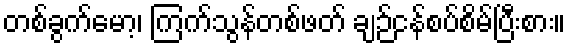
တစ်ခွက်မော့၊ ကြက်သွန်တစ်ဖတ် ချဉ်ငန်စပ်စိမ်ပြီးစား။